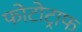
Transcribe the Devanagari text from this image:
फोटोट्राफ